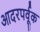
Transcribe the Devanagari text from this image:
आदरपर्वूक